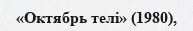
«Октябрь телі» (1980),